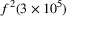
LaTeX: f ^ { 2 } ( 3 \times 1 0 ^ { 5 } )